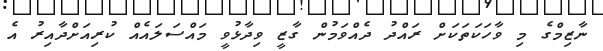
ނާޒިމްގެ މި ވާހަކަތަކަށް ރައްދު ދެއްވަމުން ގާޒީ ވިދާޅުވީ މައްސަލައެއް ކުރިއަށްދާއިރު އެ